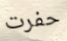
حفرت